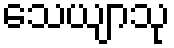
သေယျာသု